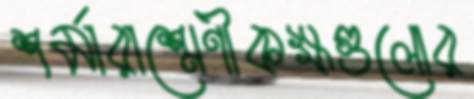
শর্মারাশ্রেণীকক্ষগুলোর